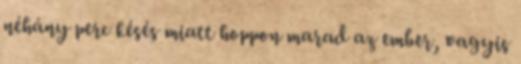
néhány perc késés miatt hoppon marad az ember, vagyis